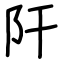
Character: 𨸗